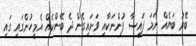
ބޭރު ބަޔެއް ނަމަ ފައިސާ ފުންނަކާއި ވަށައިގެން ދެ ބޭންކެއް އެމީހުންގައި ގައި